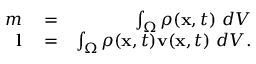
\begin{array} { r l r } { m } & { { } = } & { \int _ { \Omega } \rho ( \mathbf { x } , t ) \ d V } \\ { \mathbf { l } } & { { } = } & { \int _ { \Omega } \rho ( \mathbf { x } , t ) \mathbf { v } ( \mathbf { x } , t ) \ d V . } \end{array}